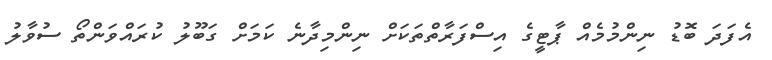
އެފަދަ ބޮޑު ނިންމުމެއް ޕާޓީގެ އިސްފަރާތްތަކަށް ނިންމިދާނެ ކަމަށް ގަބޫލު ކުރައްވަންތޯ ސުވާލު